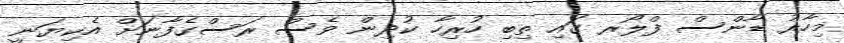
މިހާރު ޑާންސް ފްލޯރ ގައި ތިބި ހުރިހާ ކުދިން ވެސް ރަސްގެފާނަށް އެކިޔަނީ